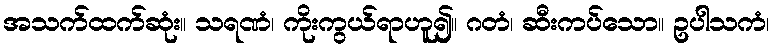
အသက်ထက်ဆုံး။ သရဏံ၊ ကိုးကွယ်ရာဟူ၍။ ဂတံ၊ ဆီးကပ်သော။ ဥပါသကံ၊